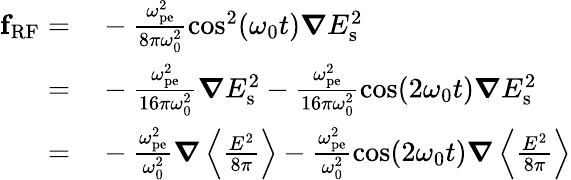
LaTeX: \begin{array}{rl}{\mathbf{f}_{\mathrm{{RF}}}=}&{{}-\frac{\omega_{\mathrm{{pe}}}^{2}}{8\pi\omega_{0}^{2}}\cos^{2}(\omega_{0}t)\boldsymbol\nabla{E}_{\mathrm{s}}^{2}}\\ {=}&{{}-\frac{\omega_{\mathrm{{pe}}}^{2}}{16\pi\omega_{0}^{2}}\boldsymbol\nabla{E}_{\mathrm{s}}^{2}-\frac{\omega_{\mathrm{{pe}}}^{2}}{16\pi\omega_{0}^{2}}\cos(2\omega_{0}t)\boldsymbol\nabla{E}_{\mathrm{s}}^{2}}\\ {=}&{{}-\frac{\omega_{\mathrm{{pe}}}^{2}}{\omega_{0}^{2}}\boldsymbol\nabla\left\langle\frac{{E}^{2}}{8\pi}\right\rangle-\frac{\omega_{\mathrm{{pe}}}^{2}}{\omega_{0}^{2}}\cos(2\omega_{0}t)\boldsymbol\nabla\left\langle\frac{{E}^{2}}{8\pi}\right\rangle}\end{array}